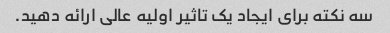
سه نکته برای ایجاد یک تاثیر اولیه عالی ارائه دهید.